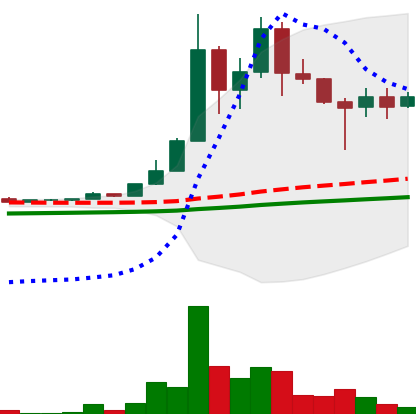
Ticker: DOGE-USD
Chart end date: 2021-04-26
Forward return: 45.188%
Label: up_7plus